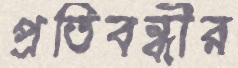
প্রতিবন্ধীর